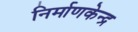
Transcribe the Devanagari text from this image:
निर्माणकेन्द्र